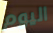
اليوم